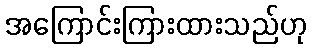
အကြောင်းကြားထားသည်ဟု